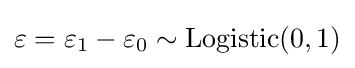
\varepsilon =\varepsilon _{1}-\varepsilon _{0}\sim \operatorname {Logistic} (0,1)